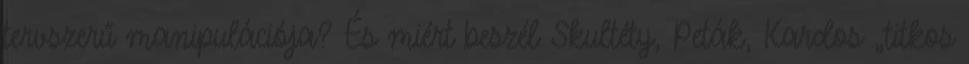
tervszerű manipulációja? És miért beszél Skultéty, Peták, Kardos „titkos